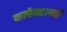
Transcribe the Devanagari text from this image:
काचेबद्दलची